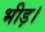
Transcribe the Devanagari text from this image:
भीड़।